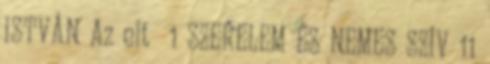
ISTVÁN Az elt 1 SZERELEM ÉS NEMES SZÍV 11